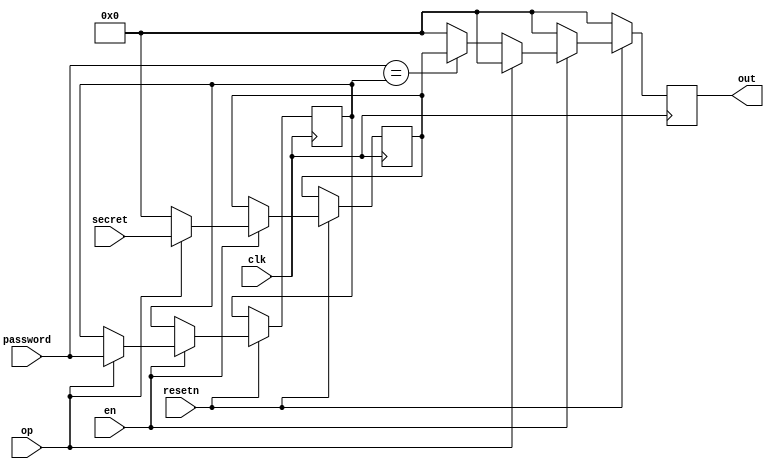
// This program was cloned from: https://github.com/katherinezhao02/karatroc-hsm
// License: MIT License

module lockbox #(
    parameter WIDTH = 128
) (input clk, input resetn, input en, input op, input [WIDTH-1:0] secret, input [WIDTH-1:0] password, output [WIDTH-1:0] out);

reg [WIDTH-1:0] stored_secret;
reg [WIDTH-1:0] stored_password;
reg [WIDTH-1:0] returned_secret;

always @(posedge clk) begin
    if (!resetn) begin
        returned_secret <= 0;
    end else if (en) begin
        if (op) begin
            // store
            stored_secret <= secret;
            stored_password <= password;
            returned_secret <= 0;
        end else begin
            // get
            if (password == stored_password) begin
                returned_secret <= stored_secret;
            end else begin
                returned_secret <= 0;
            end
            stored_secret <= 0;
            // it's secure even if we don't clear the password!
            // just requires being a bit clever with the refinement relation
            // (there's no longer an abstraction function that works)
            //
            // stored_password <= 0;
        end
    end else begin
        returned_secret <= 0;
    end
end
assign out = returned_secret;

endmodule